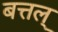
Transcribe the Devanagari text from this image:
बत्तल्